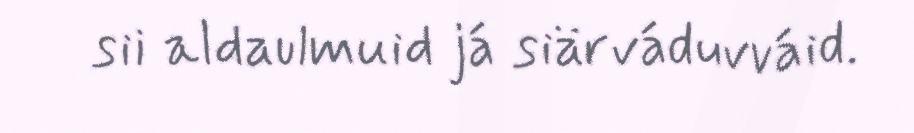
sii aldaulmuid já siärváduvváid.